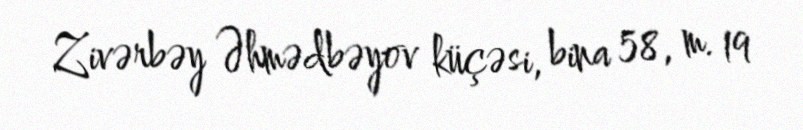
Zivərbəy Əhmədbəyov küçəsi, bina 58, m. 19